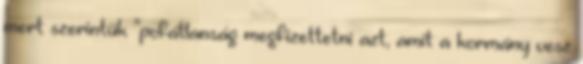
mert szerintük "pofátlanság megfizettetni azt, amit a kormány vesz